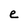
Character: e